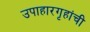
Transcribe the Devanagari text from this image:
उपाहारगृहांची